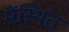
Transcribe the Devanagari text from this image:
मेंस्थित